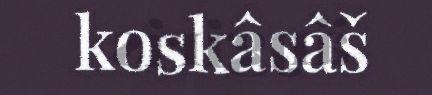
koskâsâš